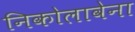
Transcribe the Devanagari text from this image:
निकोलावेना